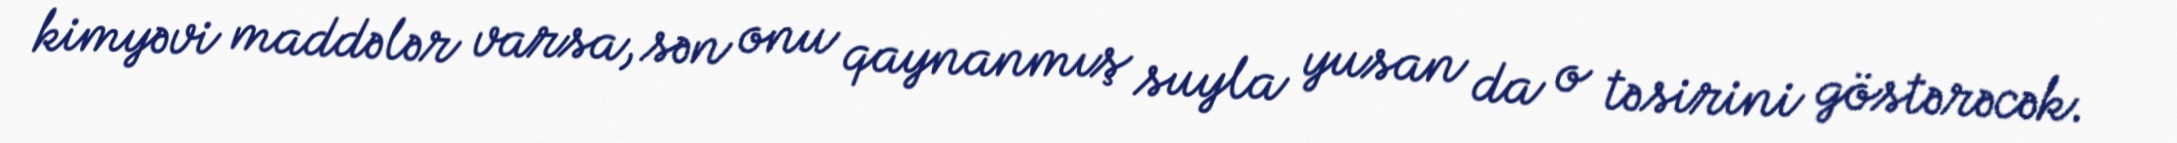
kimyəvi maddələr varsa, sən onu qaynanmış suyla yusan da o təsirini göstərəcək.